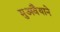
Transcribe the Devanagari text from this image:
मुअवैयाने